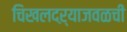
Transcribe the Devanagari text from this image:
चिखलदऱ्याजवळची